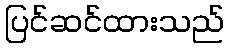
ပြင်ဆင်ထားသည်